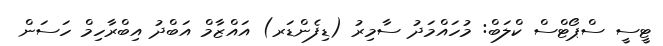
ޓީސީ ސްޕޯޓްސް ކްލަބް: މުހައްމަދު ސާމިރު (ޑިފެންޑަރ) އައްޒާމް އަބްދު އިބްރާހިމް ހަސަން